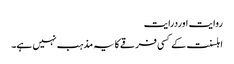
روایت اوردرایت
اہلسنت کے کسی فرقے کا یہ مذہب نہیں ہے۔